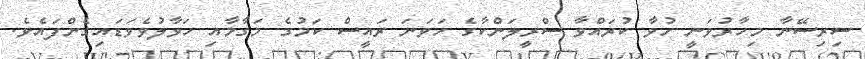
ސިރިސޭނާ މިހާރުވަނީ ހުވާ ކުރައްވާ ސްރީލަންކާގެ ހަވަނަ ރައީސް ކަމުގެ މަގާމާއި ހަވާލުވެވަޑައިގެންފައެވެ.